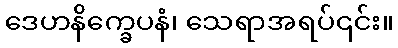
ဒေဟနိက္ခေပနံ၊ သေရာအရပ်၎င်း။